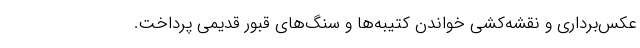
عکس‌برداری و نقشه‌کشی خواندن کتیبه‌ها و سنگ‌های قبور قدیمی پرداخت.